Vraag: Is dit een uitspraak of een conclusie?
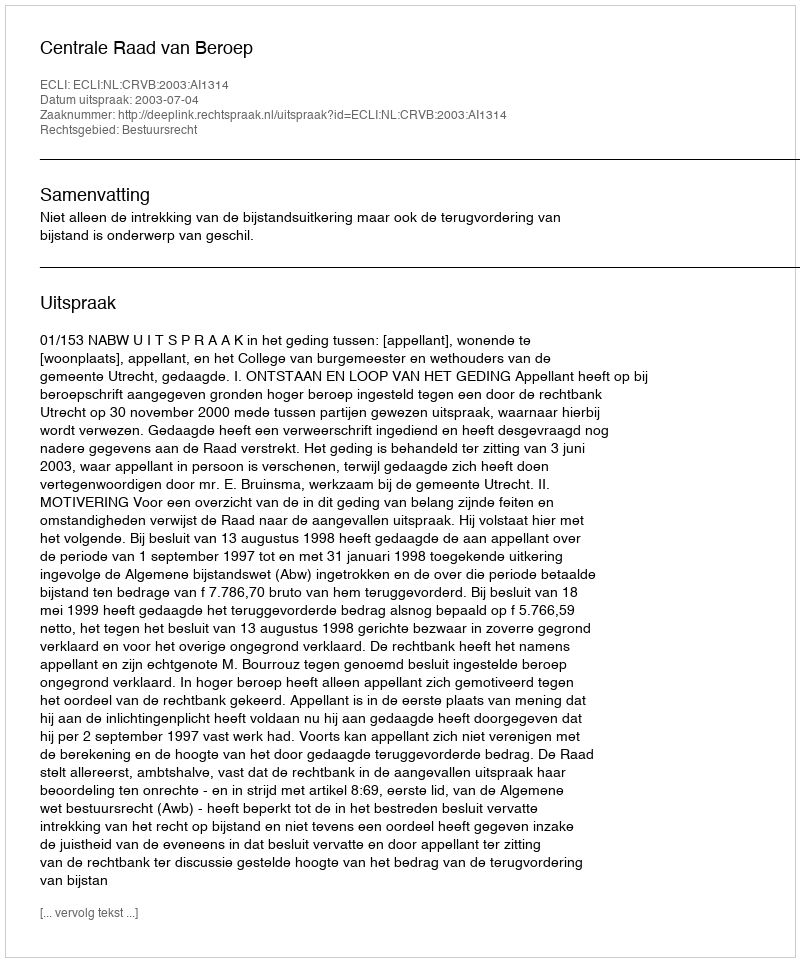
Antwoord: Uitspraak